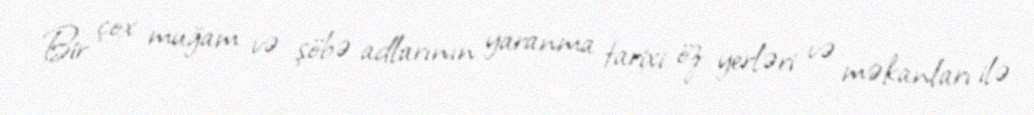
Bir çox muğam və şöbə adlarının yaranma tarixi öz yerləri və məkanları ilə